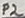
Text: P2